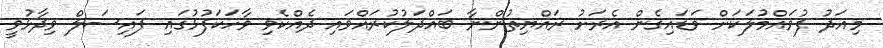
މިއަދު ފުވައްމުލަކަށް ވަޑައިގެން އެރަށު ރައްޔިތުންނާ ބައްދަލުކުރައްވައި ދެއްކެވި ވާހަކަފުޅުގައި ފައިސަލް ވިދާޅުވީ